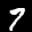
Label: 7